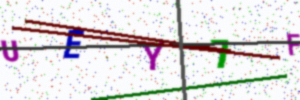
Text: UEY7F